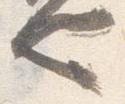
也